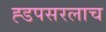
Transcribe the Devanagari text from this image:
ह्डपसरलाच